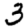
Digit: 3